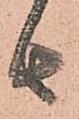
者